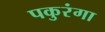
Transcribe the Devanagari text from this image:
पकुरंगा